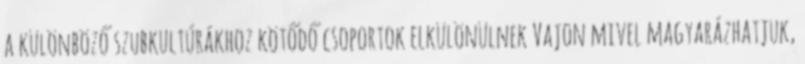
a különböző szubkultúrákhoz kötődő csoportok elkülönülnek Vajon mivel magyarázhatjuk,